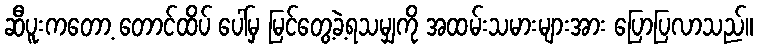
ဆီပူးကတော့ တောင်ထိပ် ပေါ်မှ မြင်တွေ့ခဲ့ရသမျှကို အထမ်းသမားများအား ပြောပြလာသည်။